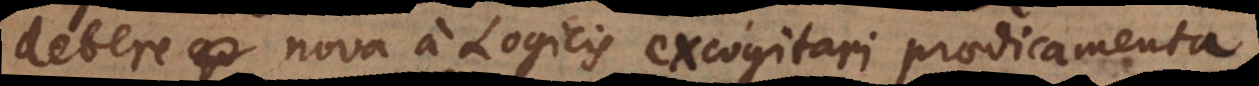
debere nova a Logicis excogitari praedicamenta,